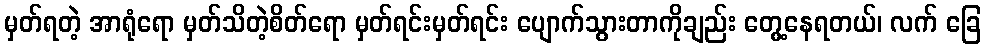
မှတ်ရတဲ့ အာရုံရော မှတ်သိတဲ့စိတ်ရော မှတ်ရင်းမှတ်ရင်း ပျောက်သွားတာကိုချည်း တွေ့နေရတယ်၊ လက် ခြေ